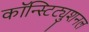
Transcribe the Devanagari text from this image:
कॉन्स्टिट्युशनल